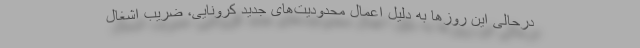
درحالی این روزها به دلیل اعمال محدودیت‌های جدید کرونایی، ضریب اشغال